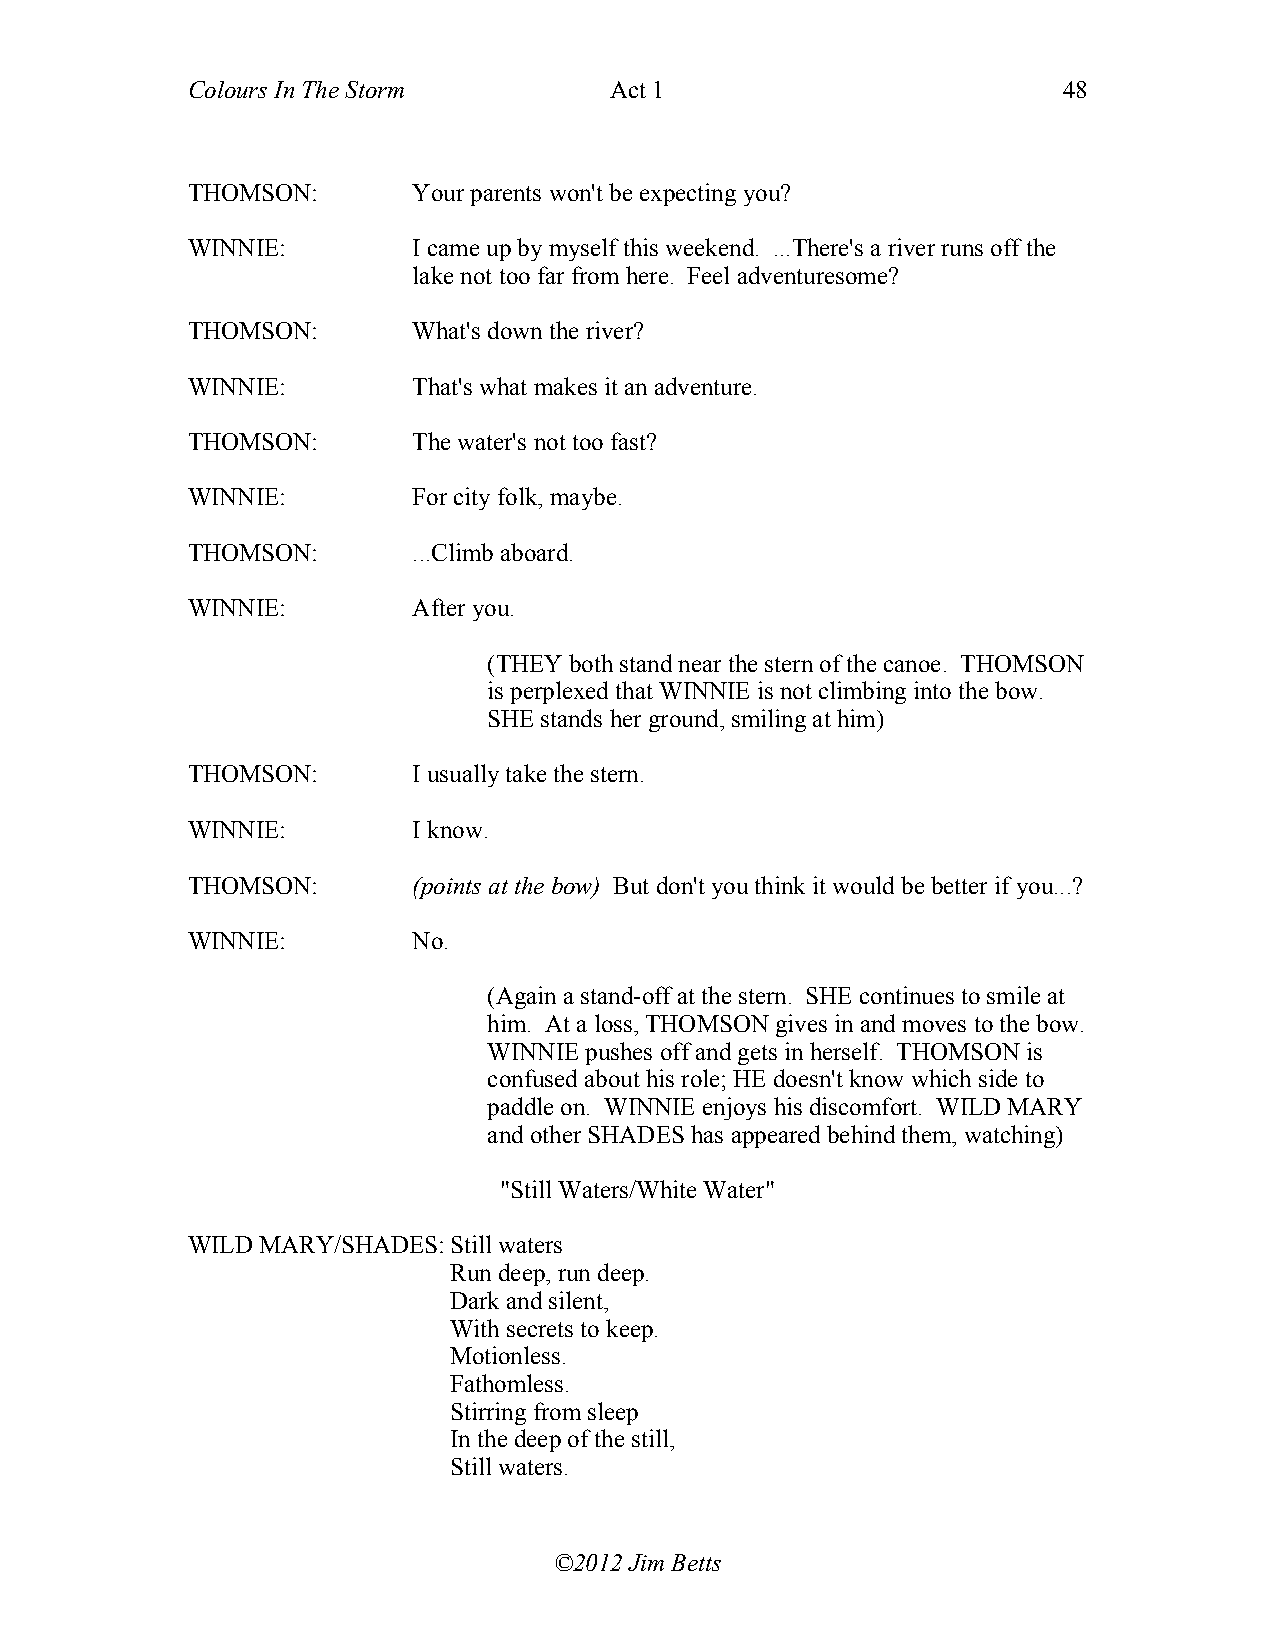
Colours In The Storm        Act 1                         48
 THOMSON:       Your parents won't be expecting you?
 WINNIE:        I came up by myself this weekend. ...There's a river runs off the
 lake not too far from here. Feel adventuresome?
 THOMSON:       What's down the river?
 WINNIE:        That's what makes it an adventure.
 THOMSON:       The water's not too fast?
 WINNIE:        For city folk, maybe.
 THOMSON:       ...Climb aboard.
 WINNIE:        After you.
 (THEY both stand near the stern of the canoe. THOMSON
 is perplexed that WINNIE is not climbing into the bow.
 SHE stands her ground, smiling at him)
 THOMSON:       I usually take the stern.
 WINNIE:        I know.
 THOMSON:       (points at the bow) But don't you think it would be better if you...?
 WINNIE:        No.
 (Again a stand-off at the stern. SHE continues to smile at
 him. At a loss, THOMSON gives in and moves to the bow.
 WINNIE pushes off and gets in herself. THOMSON is
 confused about his role; HE doesn't know which side to
 paddle on. WINNIE enjoys his discomfort. WILD MARY
 and other SHADES has appeared behind them, watching)
 "Still Waters/White Water"
 WILD MARY/SHADES: Still waters
 Run deep, run deep.
 Dark and silent,
 With secrets to keep.
 Motionless.
 Fathomless.
 Stirring from sleep
 In the deep of the still,
 Still waters.
 ©2012 Jim Betts